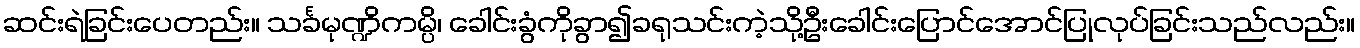
ဆင်းရဲခြင်းပေတည်း။ သင်္ခမုဏ္ဍိကမ္ပိ၊ ခေါင်းခွံကိုခွာ၍ခရုသင်းကဲ့သို့ဦးခေါင်းပြောင်အောင်ပြုလုပ်ခြင်းသည်လည်း။